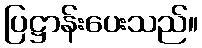
ပြဋ္ဌာန်းပေးသည်။